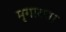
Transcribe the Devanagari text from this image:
मृगाकार